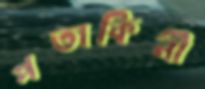
পতাকিনী